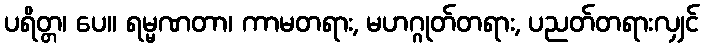
ပရိတ္တ၊ ပေ။ ရမ္မဏတာ၊ ကာမတရား, မဟဂ္ဂုတ်တရား, ပညတ်တရားလျှင်